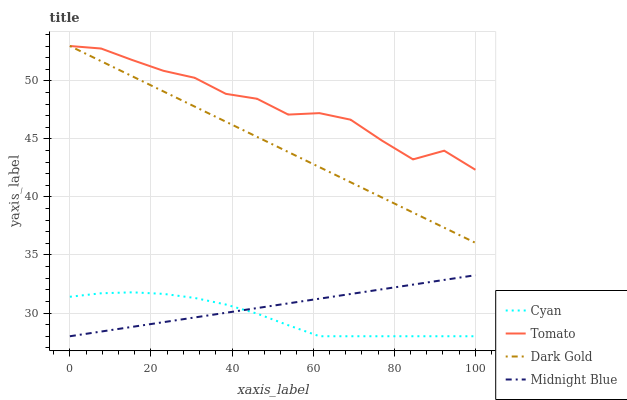
| xaxis_label | Cyan | Tomato | Dark Gold | Midnight Blue |
 | --- | --- | --- | --- | --- |
 | 0 | 31.4 | 53 | 53 | 28 |
 | 7.69 | 31.7 | 52.8 | 51.7 | 28.4 |
 | 15.4 | 31.8 | 51.8 | 50.4 | 28.8 |
 | 23.1 | 31.7 | 50.9 | 49.1 | 29.2 |
 | 30.8 | 31.3 | 50.3 | 47.8 | 29.6 |
 | 38.5 | 30.7 | 48.9 | 46.5 | 30 |
 | 46.2 | 29.9 | 48.5 | 45.2 | 30.4 |
 | 53.8 | 28.9 | 47.1 | 43.9 | 30.8 |
 | 61.5 | 28 | 47.2 | 42.6 | 31.2 |
 | 69.2 | 28 | 46.7 | 41.3 | 31.6 |
 | 76.9 | 28 | 44.9 | 40 | 32 |
 | 84.6 | 28 | 43.2 | 38.7 | 32.4 |
 | 92.3 | 28 | 44 | 37.4 | 32.9 |
 | 100 | 28 | 42.3 | 36 | 33.3 |